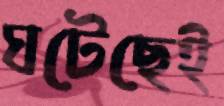
ঘটেছেই